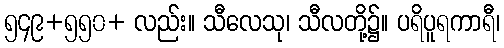
၅၄၉+၅၅၀+ လည်း။ သီလေသု၊ သီလတို့၌။ ပရိပူရကာရီ၊